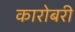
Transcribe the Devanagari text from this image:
कारोबरी